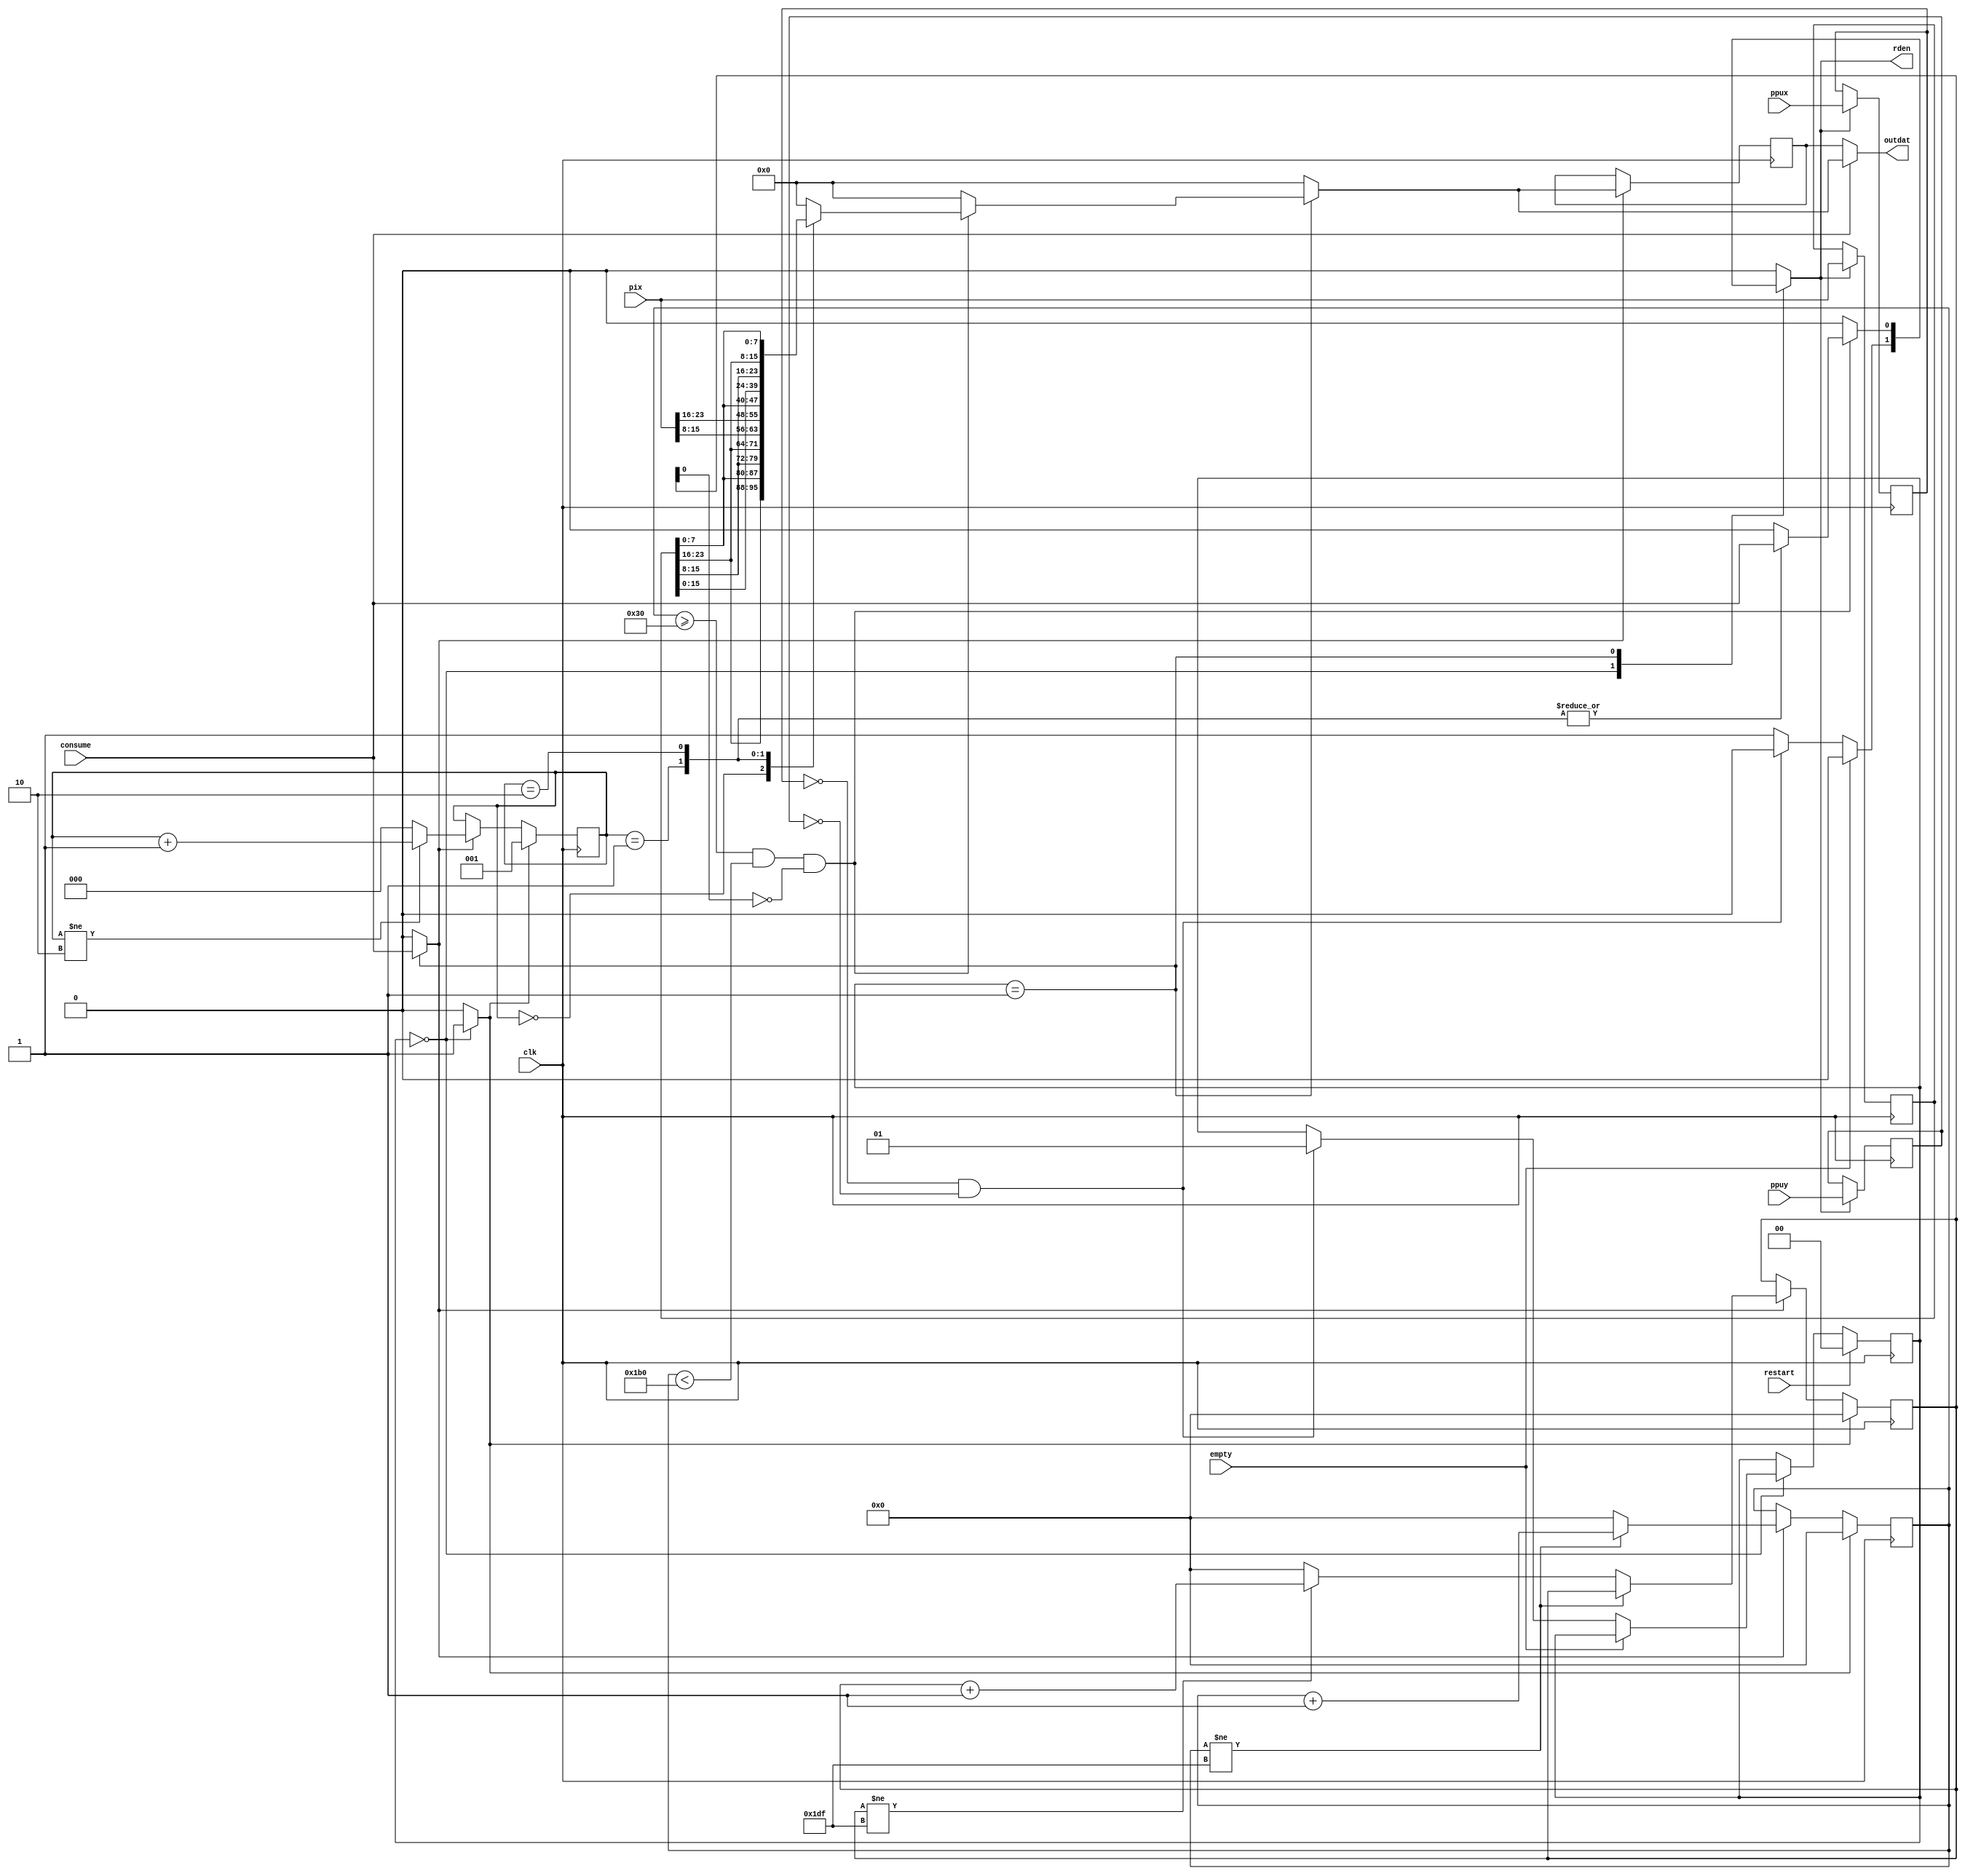
module dpconv(
	input wire clk,
	input wire [8:0] ppux,
	input wire [8:0] ppuy,
	input wire [23:0] pix,
	input wire empty,
	output reg rden,
	input wire restart,
	input wire consume,
	output wire [31:0] outdat
);
	reg [8:0] ppux0, ppuy0;
	reg [23:0] pix0;

	reg xyinc, xyzero;
	reg [9:0] ox, oy;
	reg [1:0] state, state_;
	reg [2:0] rem;
	reg [31:0] outdatr, outdatr_;
	assign outdat = consume ? outdatr_ : outdatr;
	localparam SKIP = 0;
	localparam OUT = 1;
	
	initial state = SKIP;
	
	always @(posedge clk) begin
		state <= state_;
		if(xyinc) begin
			outdatr <= outdatr_;
			if(ox != 479)
				ox <= ox + 1;
			else if(oy != 479) begin
				ox <= 0;
				oy <= oy + 1;
			end else begin
				ox <= 0;
				oy <= 0;
			end
			if(rem != 2)
				rem <= rem + 1;
			else
				rem <= 0;
		end
		if(xyzero) begin
			ox <= 0;
			oy <= 0;
			rem <= 1;
		end
		if(rden) begin
			pix0 <= pix;
			ppux0 <= ppux;
			ppuy0 <= ppuy;
		end
	end
	
	always @(*) begin
		state_ = state;
		xyzero = 0;
		xyinc = 0;
		rden = 0;
		outdatr_ = 0;
		case(state)
		SKIP: begin
			xyzero = 1;
			if(!empty)
				if(ppux0 == 0 && ppuy0 == 0)
					state_ = OUT;
				else
					rden = 1;
		end
		OUT: begin
			if(ox >= 48 && ox < 432 && !oy[0])
				case(rem)
				0: outdatr_ = {pix0[23:16], pix0[7:0], pix0[15:8], pix0[23:16]};
				1: begin
					outdatr_ = {pix[15:8], pix[23:16], pix0[7:0], pix0[15:8]};
					rden = consume;
				end
				2: begin
					outdatr_ = {pix0[7:0], pix0[15:8], pix0[23:16], pix0[7:0]};
					rden = consume;
				end
				endcase
			xyinc = consume;
		end
		endcase
		if(restart)
			state_ = SKIP;
	end

endmodule